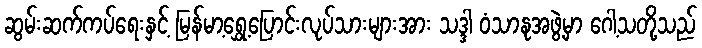
ဆွမ်းဆက်ကပ်ရေးနှင့် မြန်မာ့ရွှေ့ပြောင်းလုပ်သားများအား သဒ္ဒါ ဝံသာနုအဖွဲ့မှာ ဂေါ့သတို့သည်